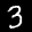
Label: 3